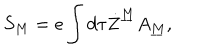
S _ { M } = e \int d \tau \dot { Z } ^ { \underline { { M } } } A _ { \underline { { M } } } ,